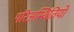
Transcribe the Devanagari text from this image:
परिअस्थितियों